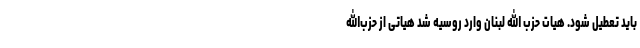
باید تعطیل شود. هیأت حزب ‌الله لبنان وارد روسیه شد هیأتی از حزب‌الله